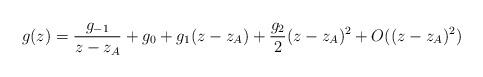
LaTeX: \begin{align*}g(z) = \frac{g_{-1}}{z-z_A} + g_0 +g_1 (z-z_A) +\frac{g_2}{2}(z-z_A)^2 + O((z-z_A)^2)\end{align*}